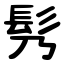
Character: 䯮